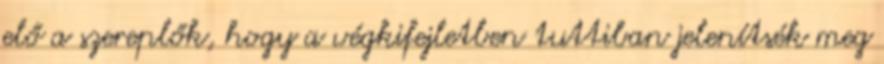
elő a szereplők, hogy a végkifejletben tuttiban jelenítsék meg